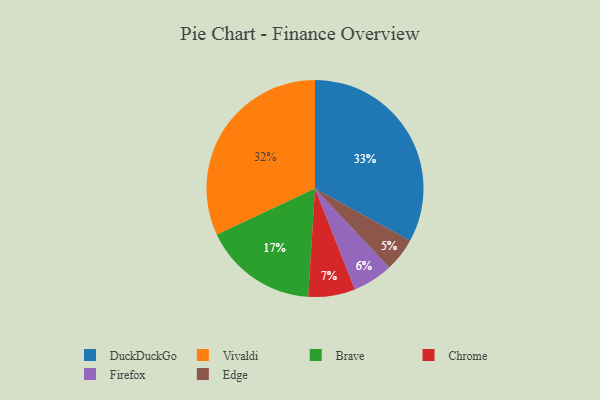
{"axis": {"x": "Category", "y": "Percentage"}, "legend": ["Brave", "Chrome", "DuckDuckGo", "Edge", "Firefox", "Vivaldi"], "data": [{"x": "Edge", "y": 5, "type": "Edge"}, {"x": "Chrome", "y": 7, "type": "Chrome"}, {"x": "DuckDuckGo", "y": 33, "type": "DuckDuckGo"}, {"x": "Brave", "y": 17, "type": "Brave"}, {"x": "Vivaldi", "y": 32, "type": "Vivaldi"}, {"x": "Firefox", "y": 6, "type": "Firefox"}]}